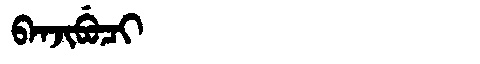
Manchu: ᠪᠠᠨᠵᡳᠪᡠᠴᡳ
Romanization: BANJIBUCI